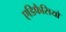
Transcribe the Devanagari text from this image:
एडिफैसियो